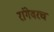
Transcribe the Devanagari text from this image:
रांगेवरच